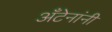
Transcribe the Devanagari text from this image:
अँटेनांनी